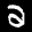
Label: 2